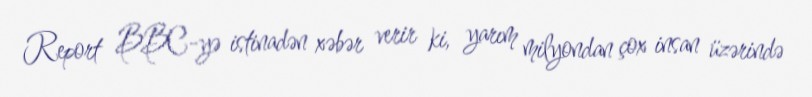
Report BBC-yə istinadən xəbər verir ki, yarım milyondan çox insan üzərində